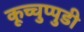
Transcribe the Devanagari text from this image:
कूच्चुप्पुडी